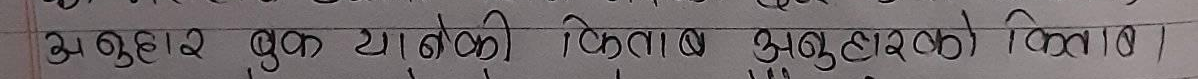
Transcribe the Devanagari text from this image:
अनुहार बुक ताकेकी किताब अनुहारको किला।